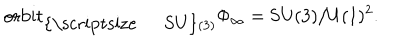
LaTeX: \mathrm { o r b i t } _ { \mathrm { { \scriptsize ~ S U } } ( 3 ) } \Phi _ { \infty } = \mathrm { S U } ( 3 ) / \mathrm { U } ( 1 ) ^ { 2 } .